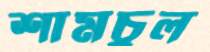
শামচুল